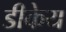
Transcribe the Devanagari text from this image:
डीकेय